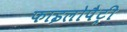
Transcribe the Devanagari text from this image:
फाइलोपैट्री